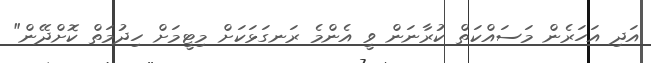
އަދި އަހަރެން މަސައްކަތް ކުރާނަން ވީ އެންމެ ރަނގަޅަކަށް މިޓީމަށް ހިދުމަތް ކޮށްދޭން"